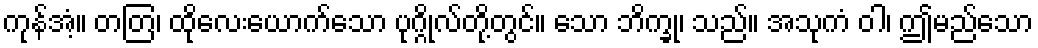
ကုန်အံ့။ တတြ၊ ထိုလေးယောက်သော ပုဂ္ဂိုလ်တို့တွင်။ သော ဘိက္ခု၊ သည်။ အသုကံ ဝါ၊ ဤမည်သော